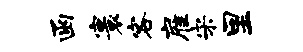
函寰客雇宋里